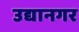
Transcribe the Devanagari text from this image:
उद्यानगर